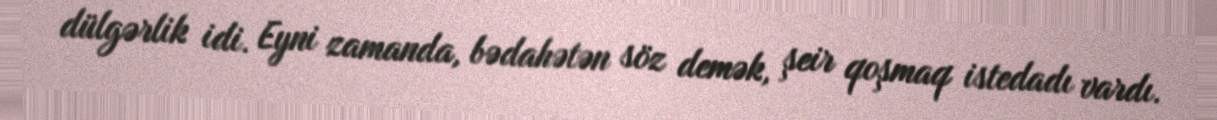
dülgərlik idi. Eyni zamanda, bədahətən söz demək, şeir qoşmaq istedadı vardı.